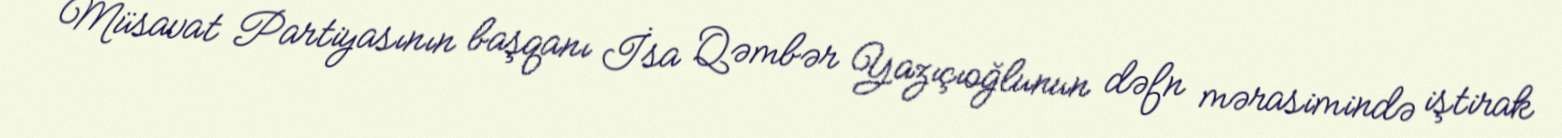
Müsavat Partiyasının başqanı İsa Qəmbər Yazıçıoğlunun dəfn mərasimində iştirak